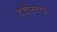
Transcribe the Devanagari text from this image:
हावेलच्या